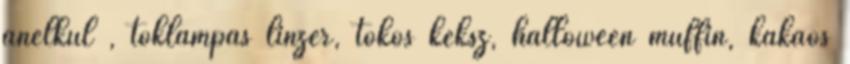
anélkül , töklámpás linzer, tökös keksz, halloween muffin, kakaós